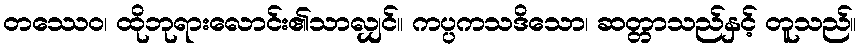
တဿေဝ၊ ထိုဘုရားလောင်း၏သာလျှင်။ ကပ္ပကသဒိသော၊ ဆတ္တာသည်နှင့် တူသည်။